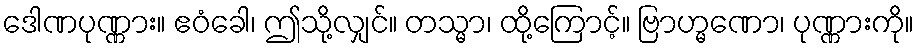
ဒေါဏပုဏ္ဏား။ ဧဝံခေါ၊ ဤသို့လျှင်။ တသ္မာ၊ ထို့ကြောင့်။ ဗြာဟ္မဏော၊ ပုဏ္ဏားကို။